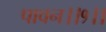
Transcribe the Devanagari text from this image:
पावन।।१।।